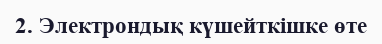
2. Электрондық күшейткішке өте